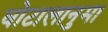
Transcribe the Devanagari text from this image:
घोटालानुमा